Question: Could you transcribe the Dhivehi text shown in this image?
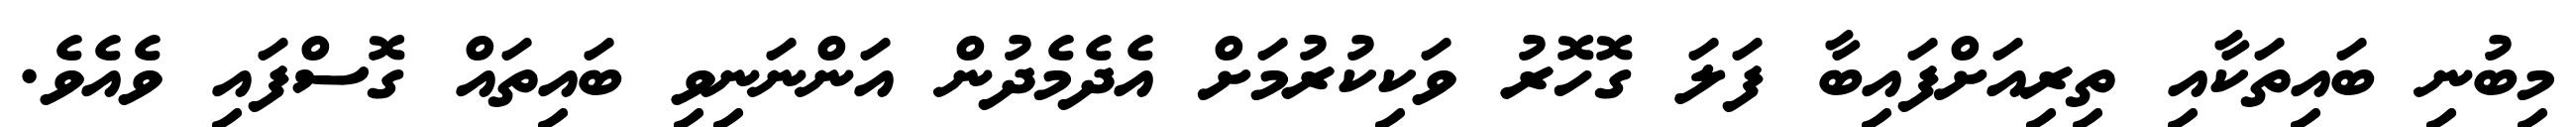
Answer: މިބުނި ބައިތަކާއި ތިރިއަށްފައިބާ ފަލަ ގޮހޮރު ވަކިކުރުމަށް އެދެމެދުން އަންނަނިވި ބައިތައް ގޮސްފައި ވެއެވެ.